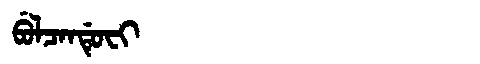
Manchu: ᠪᡠᠯᠴᠠᠨᡩᡠᠸᡳ
Romanization: BULCANDUFI